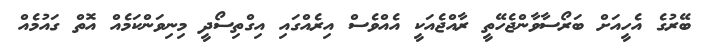
ބޭރުގެ އެހީއަށް ބަރޯސާވާންޖެހޭތީ ރާއްޖެއަކީ އެއްވެސް އިރެއްްގައި އިގްތިސޯދީ މިނިވަންކަމެއް އޮތް ގައުމެއް